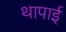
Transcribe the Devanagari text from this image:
थापाई